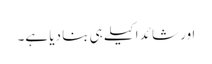
اور شائد اکیلے ہی بنا دیا ہے۔